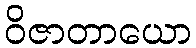
ဝိဇာတာယော